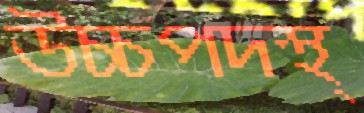
উচ্চপদস্থ্